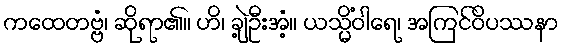
ကထေတဗ္ဗံ၊ ဆိုရာ၏။ ဟိ၊ ချဲ့ဦးအံ့။ ယသ္မိံဝါရေ၊ အကြင်ဝိပဿနာ